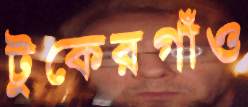
টুকেরগাঁও